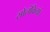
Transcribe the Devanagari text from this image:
सोलंकियां।